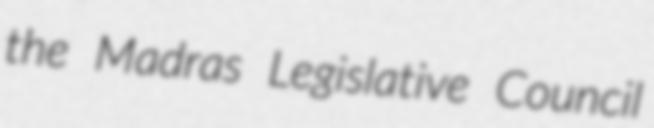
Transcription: the Madras Legislative Council